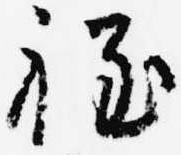
程